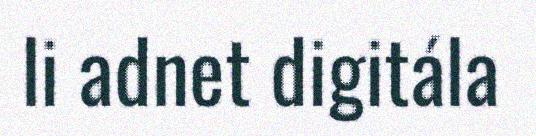
li adnet digitála